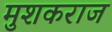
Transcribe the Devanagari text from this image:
मुशकराज